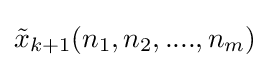
{\tilde {x}}_{k+1}(n_{1},n_{2},....,n_{m})